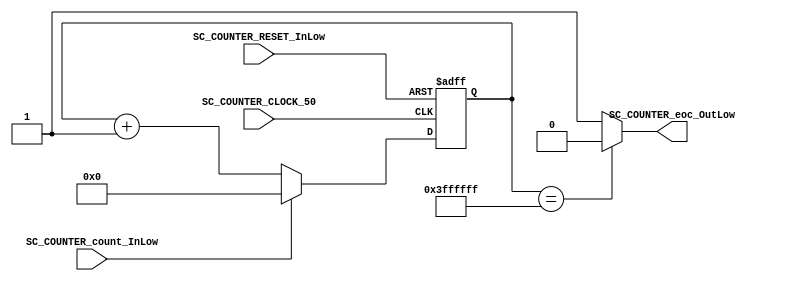

//=======================================================
//  MODULE Definition
//=======================================================

module SC_COUNTER_VEL1 #(parameter COUNTER_DATAWIDTH_BUS=26)
(
//////////// OUTPUTS //////////
	SC_COUNTER_eoc_OutLow,
//////////// INPUTS //////////
	SC_COUNTER_CLOCK_50,
	SC_COUNTER_RESET_InLow,
	SC_COUNTER_count_InLow
);

//=======================================================
//  PARAMETER declarations
//=======================================================

//=======================================================
//  PORT declarations
//=======================================================
	output   reg SC_COUNTER_eoc_OutLow;
	input		SC_COUNTER_CLOCK_50;
	input		SC_COUNTER_RESET_InLow;
	input 	SC_COUNTER_count_InLow;
//=======================================================
//  REG/WIRE declarations
//=======================================================
	reg [COUNTER_DATAWIDTH_BUS-1:0] COUNTER_Register;
	reg [COUNTER_DATAWIDTH_BUS-1:0] COUNTER_Signal;
//=======================================================
//  Structural coding
//=======================================================
//INPUT LOGIC: COMBINATIONAL
	always @ (*)
	
	if (SC_COUNTER_count_InLow == 1'b1)	
		COUNTER_Signal = 0;
	else 
		COUNTER_Signal = COUNTER_Register + 1'b1;

		// REGISTER : SEQUENTIAL
	always @ (posedge SC_COUNTER_CLOCK_50 , negedge SC_COUNTER_RESET_InLow)
	if (SC_COUNTER_RESET_InLow == 1'b0)
		COUNTER_Register <= 1'b0;
	else
		COUNTER_Register <= COUNTER_Signal;
//=======================================================
//  Outputs
//=======================================================
// OUTPUT LOGIC : COMBINATIONAL
	always @ (*)
		if (COUNTER_Register == 26'b11111111111111111111111111)
			SC_COUNTER_eoc_OutLow = 1'b0;
		else
			SC_COUNTER_eoc_OutLow = 1'b1;
			
endmodule